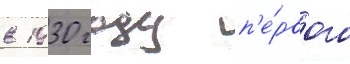
в 1930 году п'е́рвого